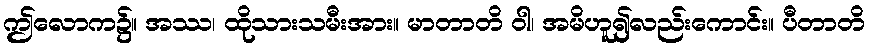
ဤလောက၌။ အဿ၊ ထိုသားသမီးအား။ မာတာတိ ဝါ၊ အမိဟူ၍လည်းကောင်း။ ပီတာတိ